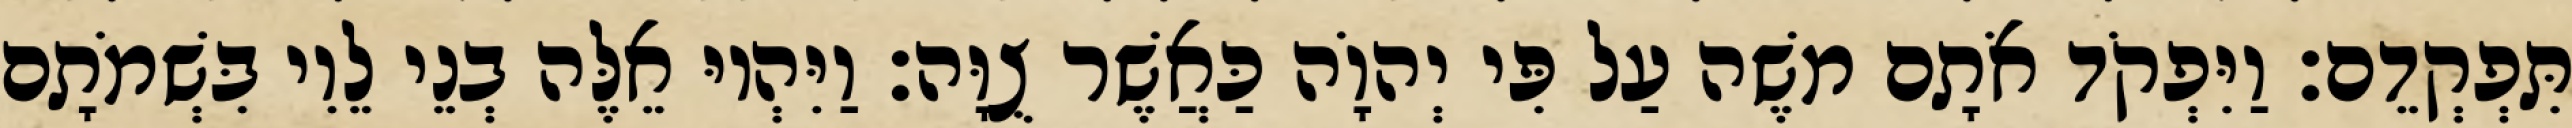
תִּפְקְדֵם׃ וַיִּפְקֹד אֹתָם משֶׁה עַל פִּי יְהוָֹה כַּאֲשֶׁר צֻוָּה׃ וַיִּהְיוּ אֵלֶּה בְנֵי לֵוִי בִּשְׁמֹתָם